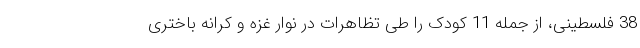
38 فلسطینی، از جمله 11 کودک را طی تظاهرات در نوار غزه و کرانه باختری